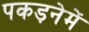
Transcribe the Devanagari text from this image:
पकड़नेमें